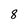
Character: 8